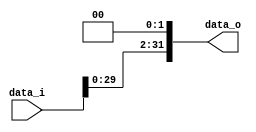
//Subject:      CO project 2 - Shift_Left_Two_32
//--------------------------------------------------------------------------------
//Version:     1
//--------------------------------------------------------------------------------
//Description: 
//--------------------------------------------------------------------------------

module Shift_Left_Two_32(
    data_i,
    data_o
    );

//I/O ports                    
input [32-1:0] data_i;
output [32-1:0] data_o;

//shift left 2
assign data_o[ 0] = 1'b0;
assign data_o[ 1] = 1'b0;
assign data_o[ 2] = data_i[ 0] ;
assign data_o[ 3] = data_i[ 1] ;
assign data_o[ 4] = data_i[ 2] ;
assign data_o[ 5] = data_i[ 3] ;
assign data_o[ 6] = data_i[ 4] ;
assign data_o[ 7] = data_i[ 5] ;
assign data_o[ 8] = data_i[ 6] ;
assign data_o[ 9] = data_i[ 7] ;
assign data_o[10] = data_i[ 8] ;
assign data_o[11] = data_i[ 9] ;
assign data_o[12] = data_i[10] ;
assign data_o[13] = data_i[11] ;
assign data_o[14] = data_i[12] ;
assign data_o[15] = data_i[13] ;
assign data_o[16] = data_i[14] ;
assign data_o[17] = data_i[15] ;
assign data_o[18] = data_i[16] ;
assign data_o[19] = data_i[17] ;
assign data_o[20] = data_i[18] ;
assign data_o[21] = data_i[19] ;
assign data_o[22] = data_i[20] ;
assign data_o[23] = data_i[21] ;
assign data_o[24] = data_i[22] ;
assign data_o[25] = data_i[23] ;
assign data_o[26] = data_i[24] ;
assign data_o[27] = data_i[25] ;
assign data_o[28] = data_i[26] ;
assign data_o[29] = data_i[27] ;
assign data_o[30] = data_i[28] ;
assign data_o[31] = data_i[29] ;

endmodule